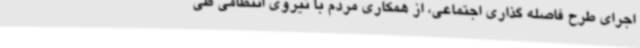
اجرای طرح فاصله گذاری اجتماعی، از همکاری مردم با نیروی انتظامی طی